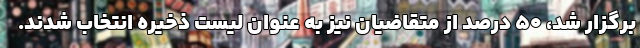
برگزار شد، ۵۰ درصد از متقاضیان نیز به عنوان لیست ذخیره انتخاب شدند.